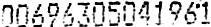
00696305041961